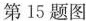
第15题图